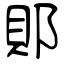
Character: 郥